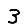
Digit: 3